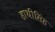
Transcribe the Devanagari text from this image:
हाथीसिंह